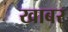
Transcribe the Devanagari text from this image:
खाबर